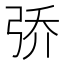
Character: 𮱵